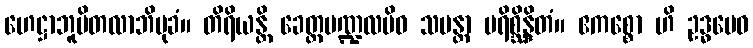
ဟေဋ္ဌာဘူမိတလာဘိမုခံ။ တိရိယန္တိ ခေတ္တမဏ္ဍလမိဝ သမန္တာ ပရိစ္ဆိန္ဒိတံ။ ဧကစ္စော ဟိ ဥဒ္ဓမေဝ